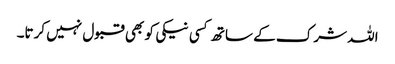
اللہ شرک کے ساتھ کسی نیکی کو بھی قبول نہیں کرتا۔